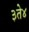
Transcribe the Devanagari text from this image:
३ते४